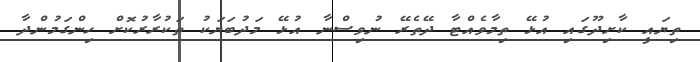
ތިޔައީ ކާށިދޫގައި އުޅޭ ތިމާވެއްޓާ ދޭތެރޭ ނުވިސްނާ އުޅޭ މަދުބަޔަކު ތަކުރާރުކޮށް ހިންގަމުންދާ